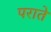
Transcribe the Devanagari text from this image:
पराते